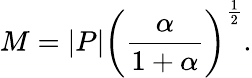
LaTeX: M=|P|\left({\frac{\alpha}{1+\alpha}}\right)^{\frac{1}{2}}.